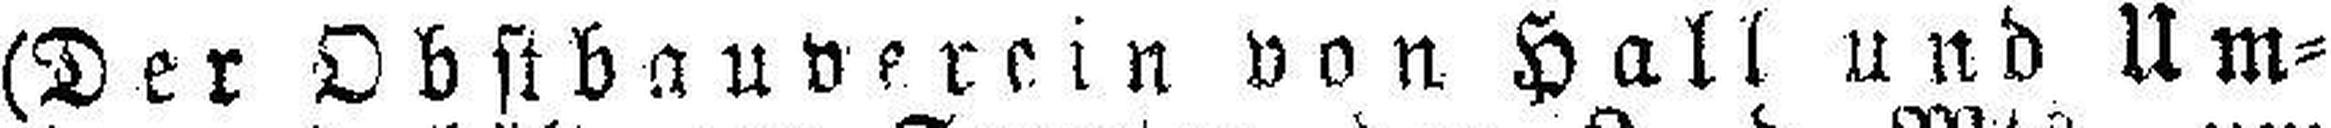
(Der Obstbauverein von Hall und Um¬